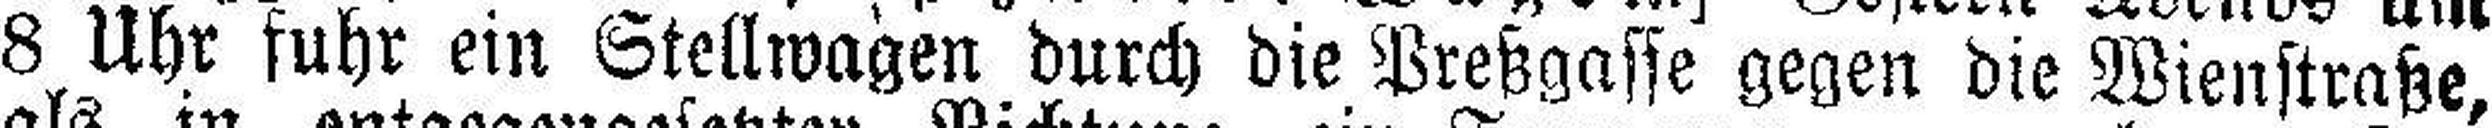
8 Uhr fuhr ein Stellwagen durch die Preßgasse gegen die Wienstraße,